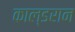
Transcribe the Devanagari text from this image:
काल्डरान